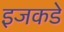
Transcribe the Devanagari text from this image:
इजकडे